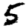
Digit: 5